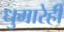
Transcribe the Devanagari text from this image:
धुमारेही